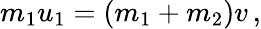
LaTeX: m_{1}u_{1}=\left(m_{1}+m_{2}\right)v\, ,